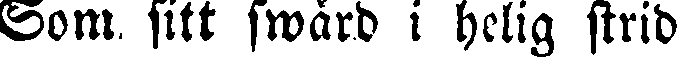
Som sitt swård i helig strid